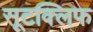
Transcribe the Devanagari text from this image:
सूटक्लिफ